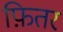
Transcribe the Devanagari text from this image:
फ़ितर